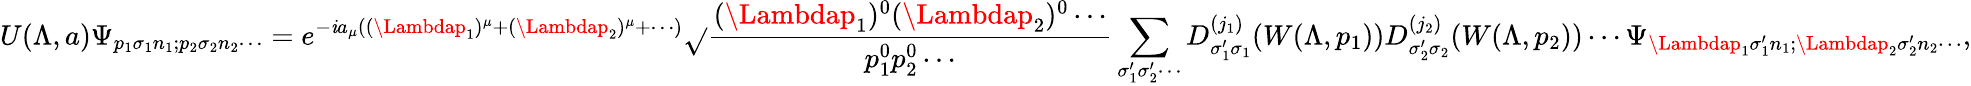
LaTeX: U(\Lambda,a)\Psi_{p_{1}\sigma_{1}n_{1};p_{2}\sigma_{2}n_{2}\cdots}=e^{-\mathit{i}a_{\mu}((\Lambdap_{1})^{\mu}+(\Lambdap_{2})^{\mu}+\cdots)}{\sqrt{}{{\frac{{(\Lambdap_{1})^{0}(\Lambdap_{2})^{0}\cdots}}{{p_{1}^{0}p_{2}^{0}\cdots}}}}}\sum_{\sigma_{1}^{\prime}\sigma_{2}^{\prime}\cdots}D_{\sigma_{1}^{\prime}\sigma_{1}}^{(j_{1})}(W(\Lambda,p_{1}))D_{\sigma_{2}^{\prime}\sigma_{2}}^{(j_{2})}(W(\Lambda,p_{2}))\cdots\Psi_{\Lambdap_{1}\sigma_{1}^{\prime}n_{1};\Lambdap_{2}\sigma_{2}^{\prime}n_{2}\cdots},